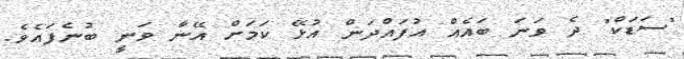
"ސަޑަކް" ދެ ވަނަ ބައެއް އުފައްދަން އުޅޭ ކަމަށް އޭނާ ވަނީ ބުނެފައެވެ.